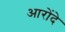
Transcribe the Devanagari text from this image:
आरोंदे